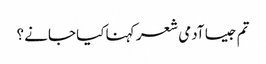
تم جیسا آدمی شعر کہنا کیا جانے ؟